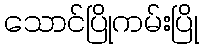
သောင်ပြိုကမ်းပြို